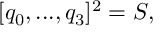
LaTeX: [ q _ { 0 } , . . . , q _ { 3 } ] ^ { 2 } = S ,